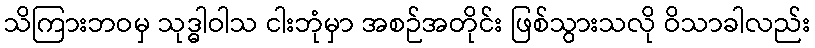
သိကြားဘဝမှ သုဒ္ဓါဝါသ ငါးဘုံမှာ အစဉ်အတိုင်း ဖြစ်သွားသလို ဝိသာခါလည်း